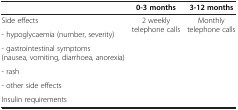
<table><thead><tr><td><b> </b></td><td><b>0-3 months</b></td><td><b>3-12 months</b></td></tr></thead><tbody><tr><td>Side effects</td><td rowspan="5">2 weekly telephone calls</td><td rowspan="5">Monthly telephone calls</td></tr><tr><td>- hypoglycaemia (number, severity)</td></tr><tr><td>- gastrointestinal symptoms (nausea, vomiting, diarrhoea, anorexia)</td></tr><tr><td>- rash</td></tr><tr><td>- other side effects</td></tr><tr><td>Insulin requirements</td><td> </td><td> </td></tr></tbody></table>